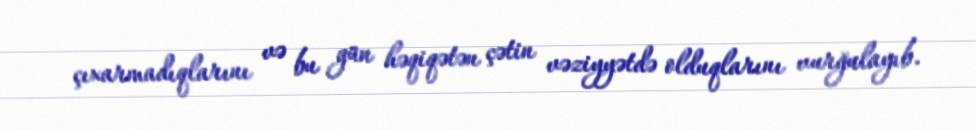
çıxarmadıqlarını və bu gün həqiqətən çətin vəziyyətdə olduqlarını vurğulayıb.